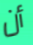
أن